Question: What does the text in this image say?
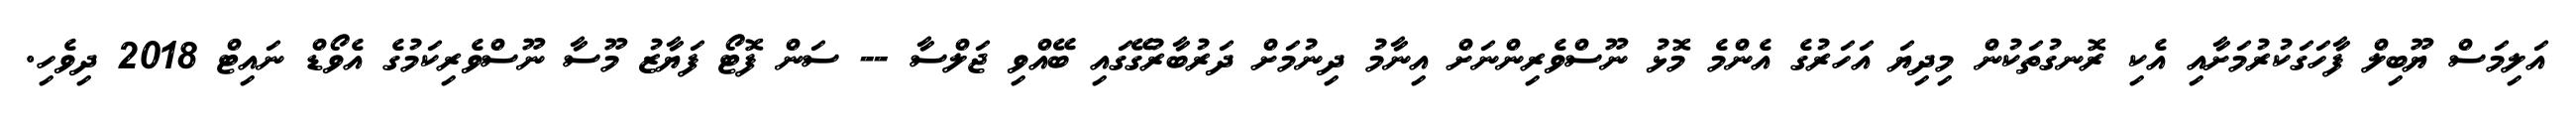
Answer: އަލިމަސް ޔޫބިލް ފާހަގަކުރުމަށާއި އެކި ރޮނގުތަކުން މިދިޔަ އަހަރުގެ އެންމެ މޮޅު ނޫސްވެރިންނަށް އިނާމު ދިނުމަށް ދަރުބާރުގޭގައި ބޭއްވި ޖަލްސާ -- ސަން ފޮޓޯ ފަޔާޒު މޫސާ ނޫސްވެރިކަމުގެ އެވޯޑް ނައިޓް 2018 ދިވެހި.